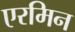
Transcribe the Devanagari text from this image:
एरमिन